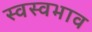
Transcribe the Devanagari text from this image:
स्वस्वभाव